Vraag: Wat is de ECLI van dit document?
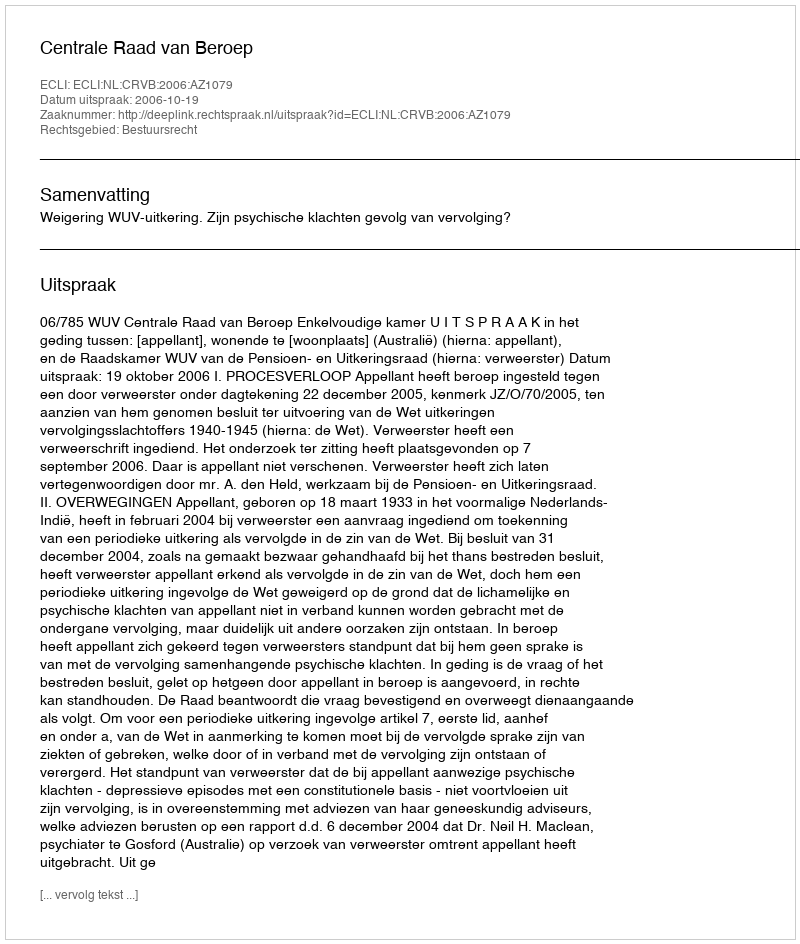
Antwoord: ECLI:NL:CRVB:2006:AZ1079